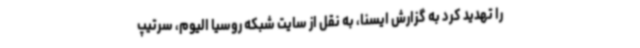
را تهدید کرد به گزارش ایسنا، به نقل از سایت شبکه روسیا الیوم، سرتیپ